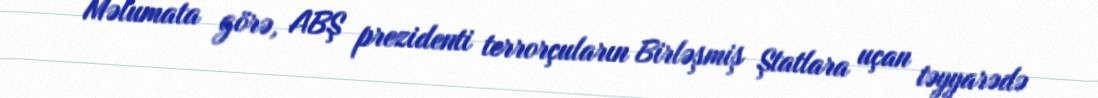
Məlumata görə, ABŞ prezidenti terrorçuların Birləşmiş Ştatlara uçan təyyarədə